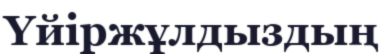
Үйіржұлдыздың